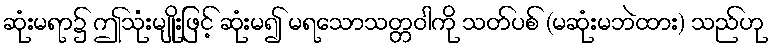
ဆုံးမရာ၌ ဤသုံးမျိုးဖြင့် ဆုံးမ၍ မရသောသတ္တဝါကို သတ်ပစ် (မဆုံးမဘဲထား) သည်ဟု